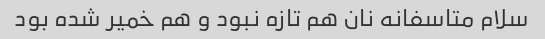
سلام متاسفانه نان هم تازه نبود و هم خمیر شده بود